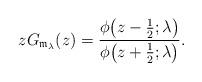
LaTeX: \begin{gather*}z G_{\mathfrak{m}_\lambda}(z) = \frac{\phi\big(z-\frac{1}{2};\lambda\big)}{\phi\big(z+\frac{1}{2};\lambda\big)}.\end{gather*}